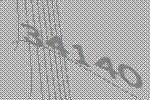
34140